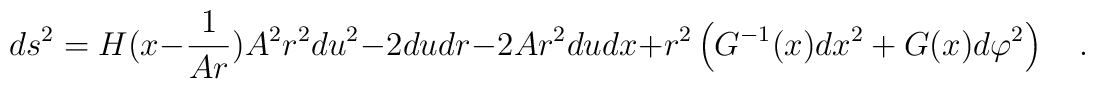
ds^2 =  H(x-\frac{1}{Ar})A^2r^2 du^2 - 2dudr -2Ar^2dudx  +r^2\left(G^{-1}(x) dx^2 + G(x) d\varphi^2 \right) \quad  .